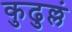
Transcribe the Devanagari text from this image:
कुढुल्लं